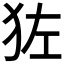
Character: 𬌬